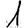
Digit: 1